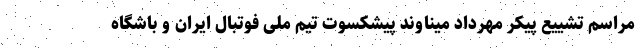
مراسم تشییع پیکر مهرداد میناوند پیشکسوت تیم ملی فوتبال ایران و باشگاه